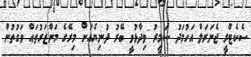
ސެކެޓްރީ ޖެނަރަލް އަހުމަދު ސަމީރު ވިދާޅުވީ ބޭރު ދުނިޔެއަށް މިރޭގެ މަންޒަރުތައް ވަގުތުން